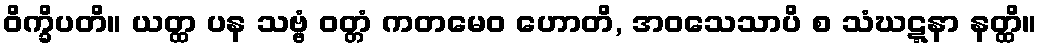
ဝိက္ခိပတိ။ ယတ္ထ ပန သဗ္ဗံ ဝတ္တံ ကတမေဝ ဟောတိ, အဝသေသာပိ စ သံဃဋ္ဋနာ နတ္ထိ။